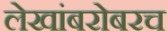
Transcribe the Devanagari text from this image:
लेखांबरोबरच